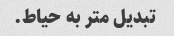
تبدیل متر به حیاط.